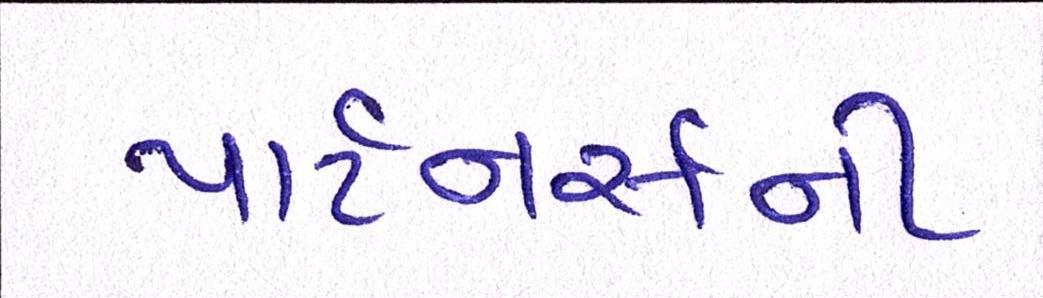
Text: પાર્ટનર્સની